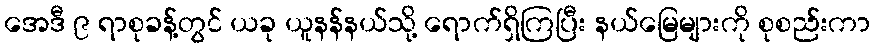
အေဒီ ၉ ရာစုခန့်တွင် ယခု ယူနန်နယ်သို့ ရောက်ရှိကြပြီး နယ်မြေများကို စုစည်းကာ